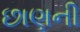
છાણની